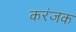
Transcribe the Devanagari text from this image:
करंजक